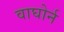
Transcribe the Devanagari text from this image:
वाघोर्न